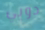
دوبي